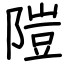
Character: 隑